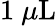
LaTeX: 1~\mu\mathrm{L}